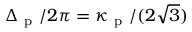
\Delta _ { \mathrm { ~ p ~ } } / 2 \pi = \kappa _ { \mathrm { ~ p ~ } } / ( 2 \sqrt { 3 } )